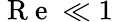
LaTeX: \mathrm{~R~e~}\ll 1